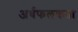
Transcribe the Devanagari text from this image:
अर्धफलकता